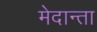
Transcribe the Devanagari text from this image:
मेदान्ता